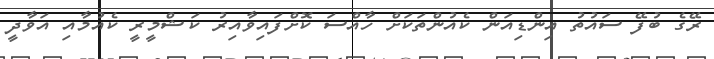
ރޭގެ ބުފޭ ސައުތު އިންޑިއަން ކެއުންތަކަށް ހާއްސަ ކޮށްފައިވާއިރު ކަޝްމީރީ ކެއުމާއި އަވާދީ